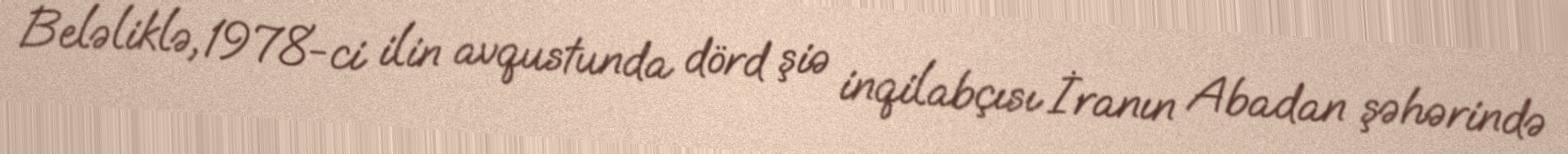
Beləliklə, 1978-ci ilin avqustunda dörd şiə inqilabçısı İranın Abadan şəhərində